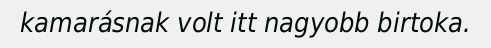
kamarásnak volt itt nagyobb birtoka.